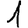
Digit: 1